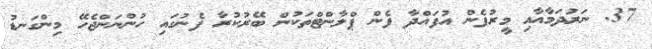
37. ނަރުދަމާއާއި މީރުފެން އުފައްދާ ފެން ޕްލާންޓްތަކުން ބޭރުކުރާ ފެނުގައި ހުންނަންޖެހޭ މިންގަނޑު